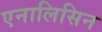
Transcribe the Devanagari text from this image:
एनालिसिन